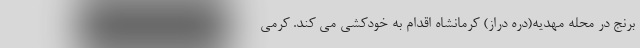
برنج در محله مهدیه(دره دراز) کرمانشاه اقدام به خودکشی می کند. کرمی